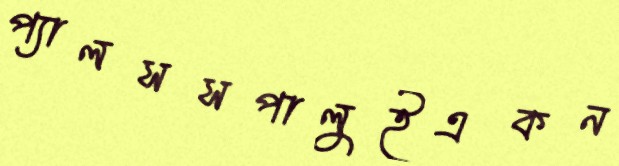
প্যালসসপালুইএকন